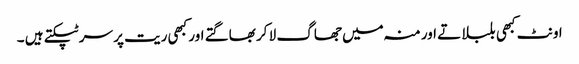
اونٹ کبھی بلبلاتے اور منہ میں جھاگ لا کر بھاگتے اور کبھی ریت پر سر ٹپکتے ہیں ۔